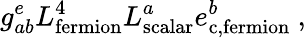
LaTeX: g_{ab}^{e}L_{\mathrm{fermion}}^{4}L_{\mathrm{scalar}}^{a}e_{\mathrm{c,fermion}}^{b}~,